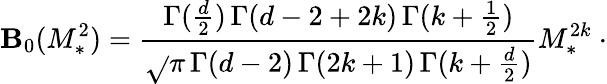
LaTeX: \mathbf{B}_{0}(M_{*}^{2})=\frac{{\Gamma(\frac{{d}}{{2}})\, \Gamma(d-2+2k)\, \Gamma(k+\frac{{1}}{{2}})}}{{\sqrt{}{{\pi}}\, \Gamma(d-2)\, \Gamma(2k+1)\, \Gamma(k+\frac{{d}}{{2}})}}M_{\ast}^{2k}\ \cdot